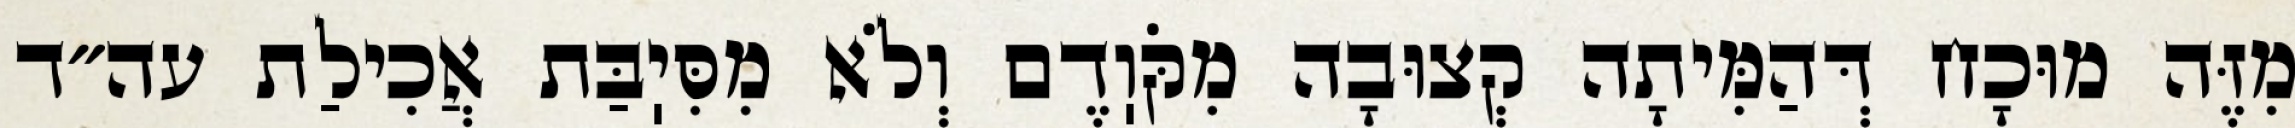
מִזֶּה מוּכָח דְּהַמִּיתָה קְצוּבָה מִקֹּוֽדֶם וְלֹא מִסִּיֽבַּת אֲכִילַת עה״ד